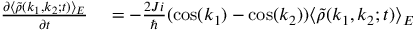
\begin{array} { r l } { \frac { \partial \langle \tilde { \rho } ( k _ { 1 } , k _ { 2 } ; t ) \rangle _ { E } } { \partial t } } & { { } = - \frac { 2 J i } { \hbar } ( \cos ( k _ { 1 } ) - \cos ( k _ { 2 } ) ) \langle \tilde { \rho } ( k _ { 1 } , k _ { 2 } ; t ) \rangle _ { E } } \end{array}